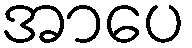
အာပေ